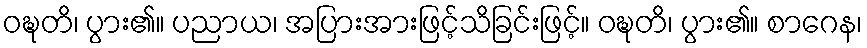
ဝဍ္ဎတိ၊ ပွား၏။ ပညာယ၊ အပြားအားဖြင့်သိခြင်းဖြင့်။ ဝဍ္ဎတိ၊ ပွား၏။ စာဂေန၊